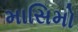
માસિમો